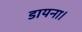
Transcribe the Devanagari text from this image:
डायना।